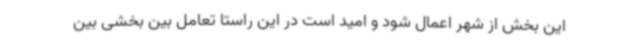
این بخش از شهر اعمال شود و امید است در این راستا تعامل بین بخشی بین